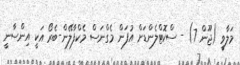
މަލާވީ (ޖޫން 7) - ސްކޮޓްލެންޑަށް އުފަން މެގްނަސް މެކްފާލޭން-ބެރޯ އަކީ އިންސާނީ